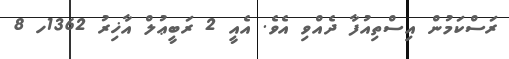
ރަސްކަމުން އިސްތިއުފާ ދެއްވި އެވެ. އެއީ 2 ރަބީޢުލް އާޚިރު 1362ހ 8